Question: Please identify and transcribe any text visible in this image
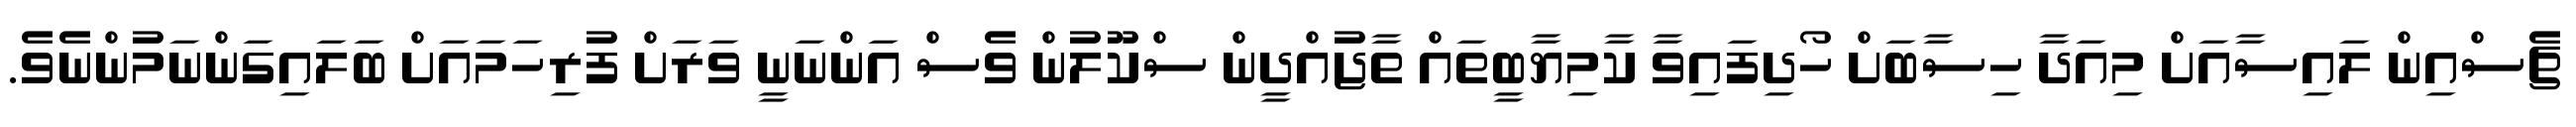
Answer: ޗެސްއިން ލައިސާއަށް މިއަދާ ހިސާބަށް ހޯދިފައިވާ ކާމިޔާބީތައް ތާޖުއްދީން ސްކޫލުން ވެސް އަންނަނީ ވަރަށް ފުރިހަމައަށް ބަލައިގަންނަމުންނެވެ.